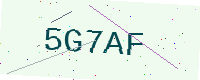
Text: 5G7AF